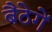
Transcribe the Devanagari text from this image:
बैठेगें